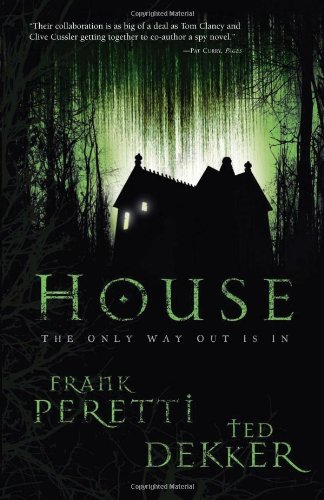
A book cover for House; Frank E. Peretti; Christian Books & Bibles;